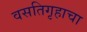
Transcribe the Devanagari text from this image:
वसतिगृहाचा